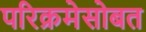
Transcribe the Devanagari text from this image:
परिक्रमेसोबत